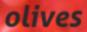
olives